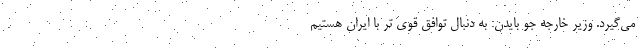
می‌گیرد. وزیر خارجه جو بایدن: به دنبال توافق قوی تر با ایران هستیم